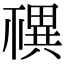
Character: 𥛴